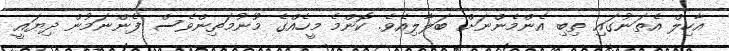
އާހިލް އެތަނުގައި ތިބި އެންމެންނަށް ބަލާލިއެވެ. ކޮންމެ މީހެއްގެ މޫނުމަތިންވެސް ފެންނަމުން ދިޔައީ